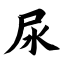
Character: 尿